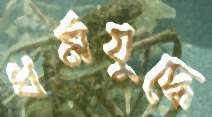
ধর্মযুদ্ধে